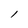
Character: l